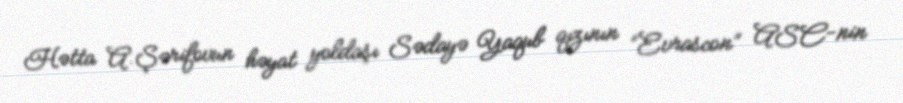
Hətta A.Şərifovun həyat yoldaşı Sədayə Yaqub qızının “Evrascon” ASC-nin